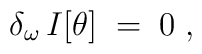
\delta_\omega \, I[\theta] \;=\; 0 \;,